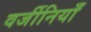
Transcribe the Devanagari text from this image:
वर्जीनियाँ